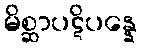
မိစ္ဆာပဋိပန္နေ